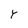
Character: Y